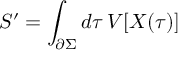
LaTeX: S ^ { \prime } = \int _ { \partial \Sigma } d \tau \, V [ X ( \tau ) ]